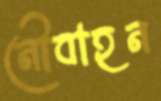
নৌবাহন